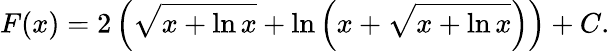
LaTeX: F(x)=2\left({\sqrt{x+\ln x}}+\ln\left(x+{\sqrt{x+\ln x}}\right)\right)+C.